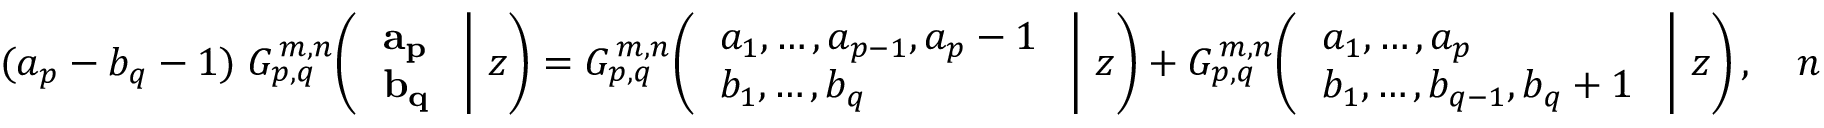
( a _ { p } - b _ { q } - 1 ) \; G _ { p , q } ^ { \, m , n } \! \left( \left. { \begin{array} { l } { \mathbf { a _ { p } } } \\ { \mathbf { b _ { q } } } \end{array} } \; \right| \, z \right) = G _ { p , q } ^ { \, m , n } \! \left( \left. { \begin{array} { l } { a _ { 1 } , \dots , a _ { p - 1 } , a _ { p } - 1 } \\ { b _ { 1 } , \dots , b _ { q } } \end{array} } \; \right| \, z \right) + G _ { p , q } ^ { \, m , n } \! \left( \left. { \begin{array} { l } { a _ { 1 } , \dots , a _ { p } } \\ { b _ { 1 } , \dots , b _ { q - 1 } , b _ { q } + 1 } \end{array} } \; \right| \, z \right) , \quad n